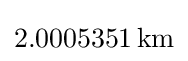
2.0005351\,{\text{km}}